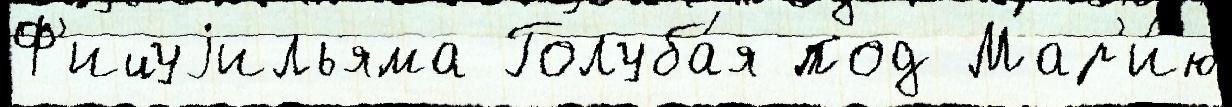
Ф'ицуjильяма Голуба́я под Мар'и́ю